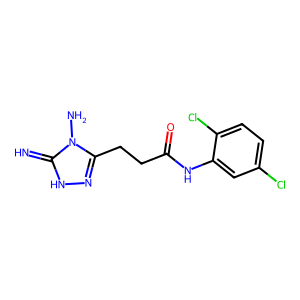
SMILES: N=c1[nH]nc(CCC(=O)Nc2cc(Cl)ccc2Cl)n1N
Inhibits HIV replication: No